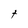
Character: t